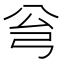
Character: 𱝛